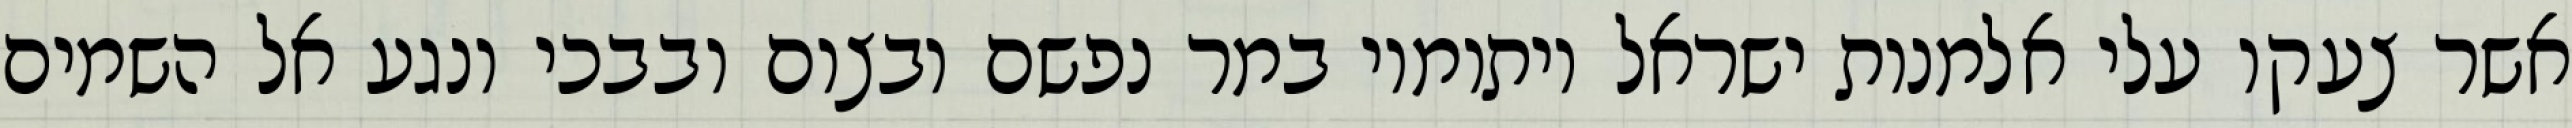
אשר צעקו עלי אלמנות ישראל ויתומיו במר נפשם ובצום ובבכי ונגע אל השמים